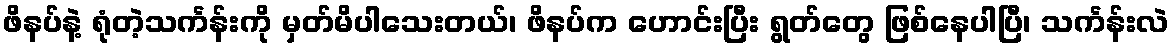
ဖိနပ်နဲ့ ရုံတဲ့သင်္ကန်းကို မှတ်မိပါသေးတယ်၊ ဖိနပ်က ဟောင်းပြီး ရွတ်တွေ ဖြစ်နေပါပြီ၊ သင်္ကန်းလဲ